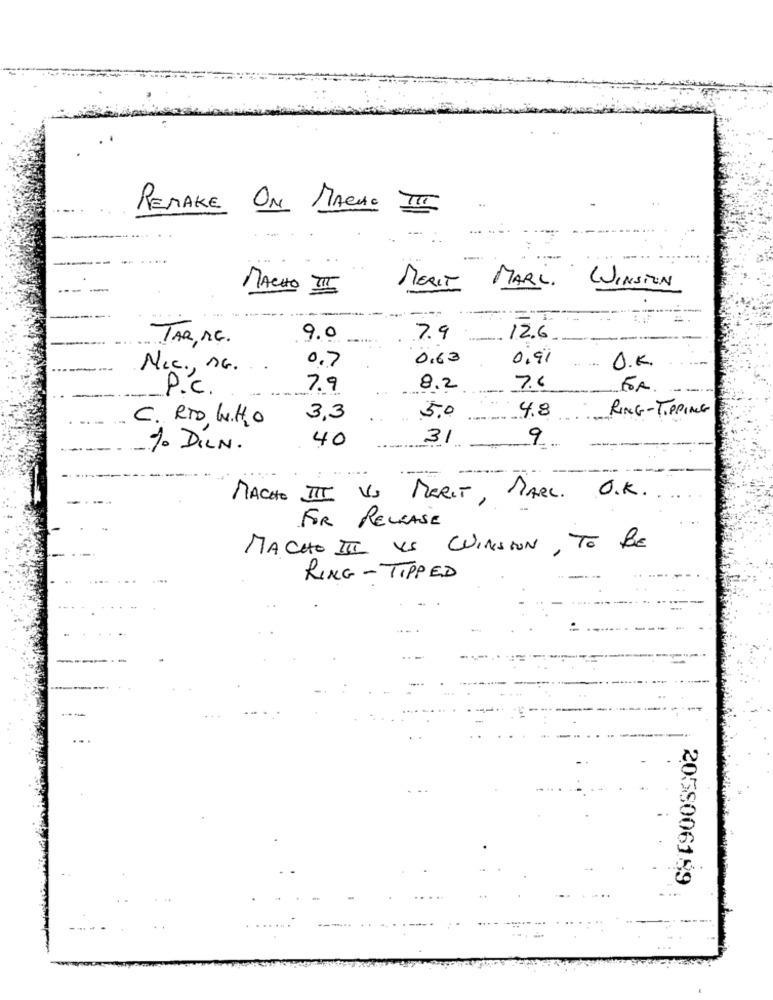
REMAKE ON MACHE I
-
MACHO I
MERT MARK. WINSTON
TAR, MG.
9.0
7.9
12.6
0,7
0.63
0,9%
N.c ., MG.
O.K.
P.C.
7.9
8.2
7.6
FA
4.8
RING - TIPPING
C. RTO, W.H2O
3,3
5.0
40
31
9
% DILN.
MACHO II VS MORIT, MARC. O.K.
FOR RELEASE
MACHO II VS QUINSION , TO BE
RING-TIPPED
2058006159